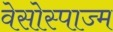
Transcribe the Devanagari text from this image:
वेसोस्पाज्म